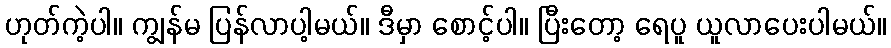
ဟုတ်ကဲ့ပါ။ ကျွန်မ ပြန်လာပါ့မယ်။ ဒီမှာ စောင့်ပါ။ ပြီးတော့ ရေပူ ယူလာပေးပါမယ်။